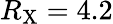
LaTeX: R_{\mathrm{X}}=4.2